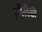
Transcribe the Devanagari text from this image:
इकिविकी